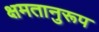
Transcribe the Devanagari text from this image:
क्षमतानुरूप